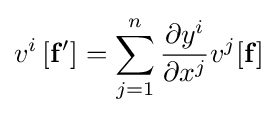
v^{i}\left[\mathbf {f} '\right]=\sum _{j=1}^{n}{\frac {\partial y^{i}}{\partial x^{j}}}v^{j}[\mathbf {f} ]